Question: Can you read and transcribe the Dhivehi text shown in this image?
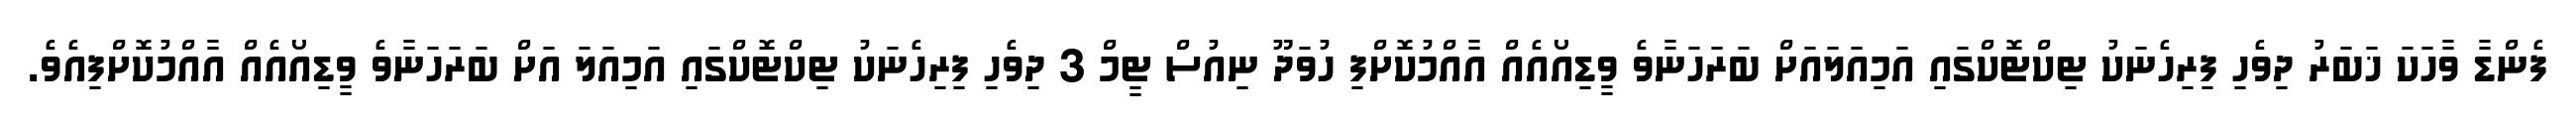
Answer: ފެންޑާ ވާހަކަ ޚަބަރު ދިވެހި ފިރިހެނަކު ޓިކްޓޮކްގައި އަމިއަލައަށް ބަރަހަނާވެ ވީޑިއޯއެއް އާއްމުކޮށްފި ހުވަދޫ ނިއުސް ޓީމް 3 ދިވެހި ފިރިހެނަކު ޓިކްޓޮކްގައި އަމިއަލަ އަށް ބަރަހަނާވެ ވީޑިއޯއެއް އާއްމުކޮށްފިއެވެ.